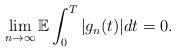
LaTeX: \begin{align*}\lim_{n\rightarrow\infty}\mathbb{E} \int_0^T |g_n(t)| dt = 0.\end{align*}